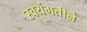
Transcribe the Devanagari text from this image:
स्वयंगतीने